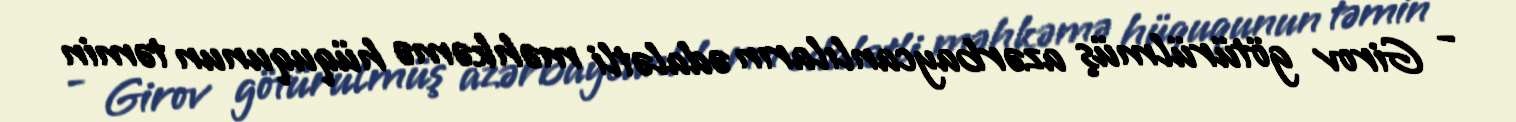
- Girov götürülmüş azərbaycanlıların ədalətli məhkəmə hüququnun təmin